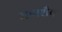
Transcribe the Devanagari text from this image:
महाशैव